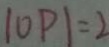
\vert 0 P \vert = 2